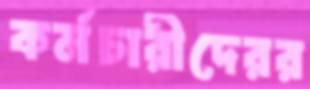
কর্মচারীদেরর